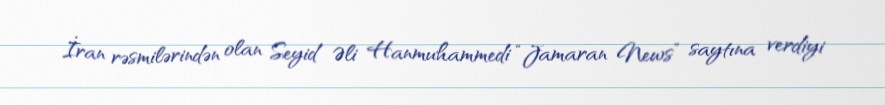
İran rəsmilərindən olan Seyid Əli Hanmuhammedi “Jamaran News” saytına verdiyi